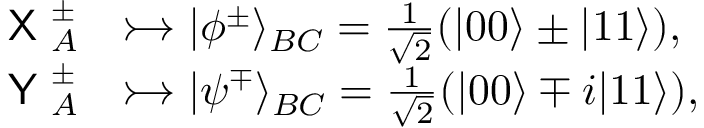
\begin{array} { r l } { \textsf { X } _ { A } ^ { \pm } } & { \rightarrowtail \vert \phi ^ { \pm } \rangle _ { B C } = \frac { 1 } { \sqrt { 2 } } ( \vert 0 0 \rangle \pm \vert 1 1 \rangle ) , } \\ { \textsf { Y } _ { A } ^ { \pm } } & { \rightarrowtail \vert \psi ^ { \mp } \rangle _ { B C } = \frac { 1 } { \sqrt { 2 } } ( \vert 0 0 \rangle \mp i \vert 1 1 \rangle ) , } \end{array}